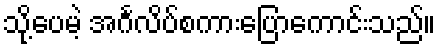
သို့ပေမဲ့ အင်္ဂလိပ်စကားပြောကောင်းသည်။